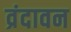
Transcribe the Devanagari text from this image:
व्रंदावन